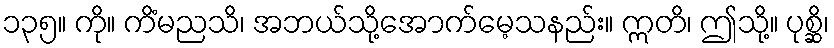
၁၃၅။ ကို။ ကိံမညသိ၊ အဘယ်သို့အောက်မေ့သနည်း။ ဣတိ၊ ဤသို့။ ပုစ္ဆိ၊